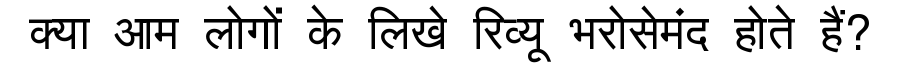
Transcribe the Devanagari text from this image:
क्या आम लोगों के लिखे रिव्यू भरोसेमंद होते हैं?